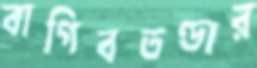
বাগিবতণ্ডার